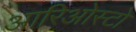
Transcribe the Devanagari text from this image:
आरिओस्टो